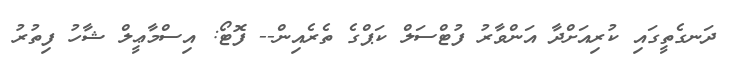
ދަނގެތީގައި ކުރިއަށްދާ އަންވާރު ފުޓްސަލް ކަޕްގެ ތެރެއިން-- ފޮޓޯ: އިސްމާޢީލް ޝާހު ފިތުރު